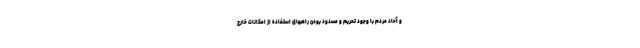
و آحاد مردم با وجود تحریم و مسدود بودن راههای استفاده از امکانات خارج